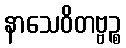
နာသေဝိတဗ္ဗဉ္စ